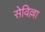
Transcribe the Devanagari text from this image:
सेविल्ला